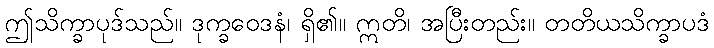
ဤသိက္ခာပုဒ်သည်။ ဒုက္ခဝေဒနံ၊ ရှိ၏။ ဣတိ၊ အပြီးတည်း။ တတိယသိက္ခာပဒံ